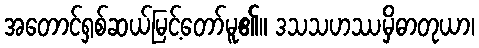
အတောင်ရှစ်ဆယ်မြင့်တော်မူ၏။ ဒသသဟဿမှိဓာတုယာ၊